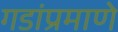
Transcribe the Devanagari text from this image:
गडांप्रमाणे